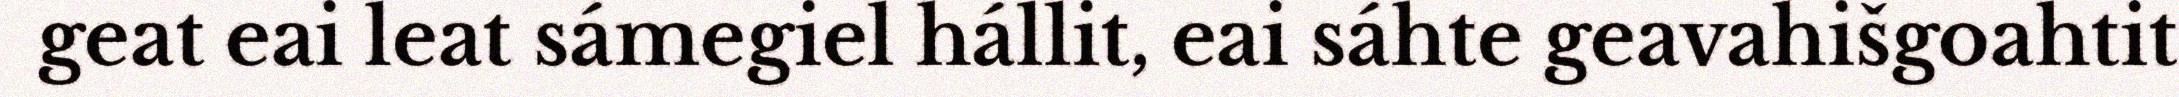
geat eai leat sámegiel hállit, eai sáhte geavahišgoahtit